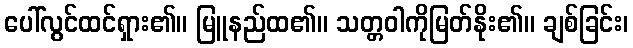
ပေါ်လွင်ထင်ရှား၏။ မြူနည်ထ၏။ သတ္တဝါကိုမြတ်နိုး၏။ ချစ်ခြင်း၊